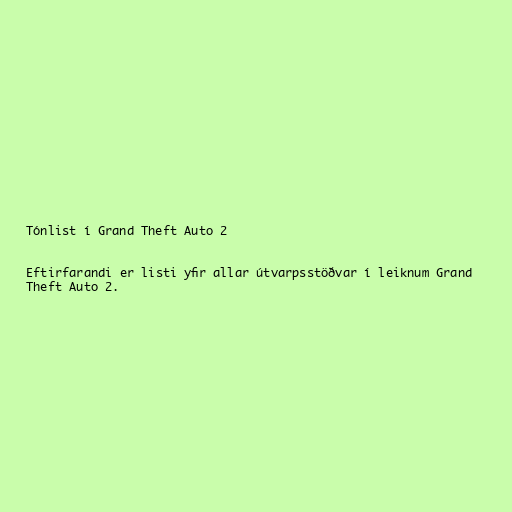
Tónlist í Grand Theft Auto 2

Eftirfarandi er listi yfir allar útvarpsstöðvar í leiknum Grand
Theft Auto 2.